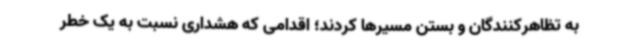
به تظاهرکنندگان و بستن مسیرها کردند؛ اقدامی که هشداری نسبت به یک خطر